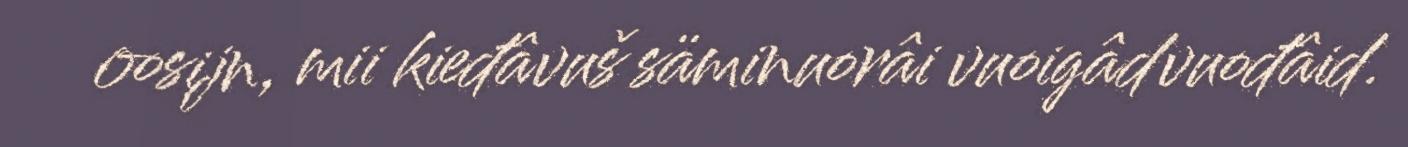
oosijn, mii kieđâvuš säminuorâi vuoigâdvuođâid.